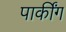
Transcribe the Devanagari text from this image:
पार्कींग